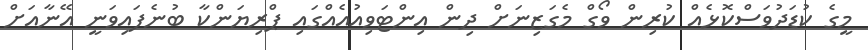
މީގެ ކުޑަދުވަސްކޮޅެއް ކުރިން ވޯގް މެގަޒިނަށް ދިން އިންޓަވިއުއެއްގައި ޕްރިޔަންކާ ބުނެފައިވަނީ އޭނާއަށް